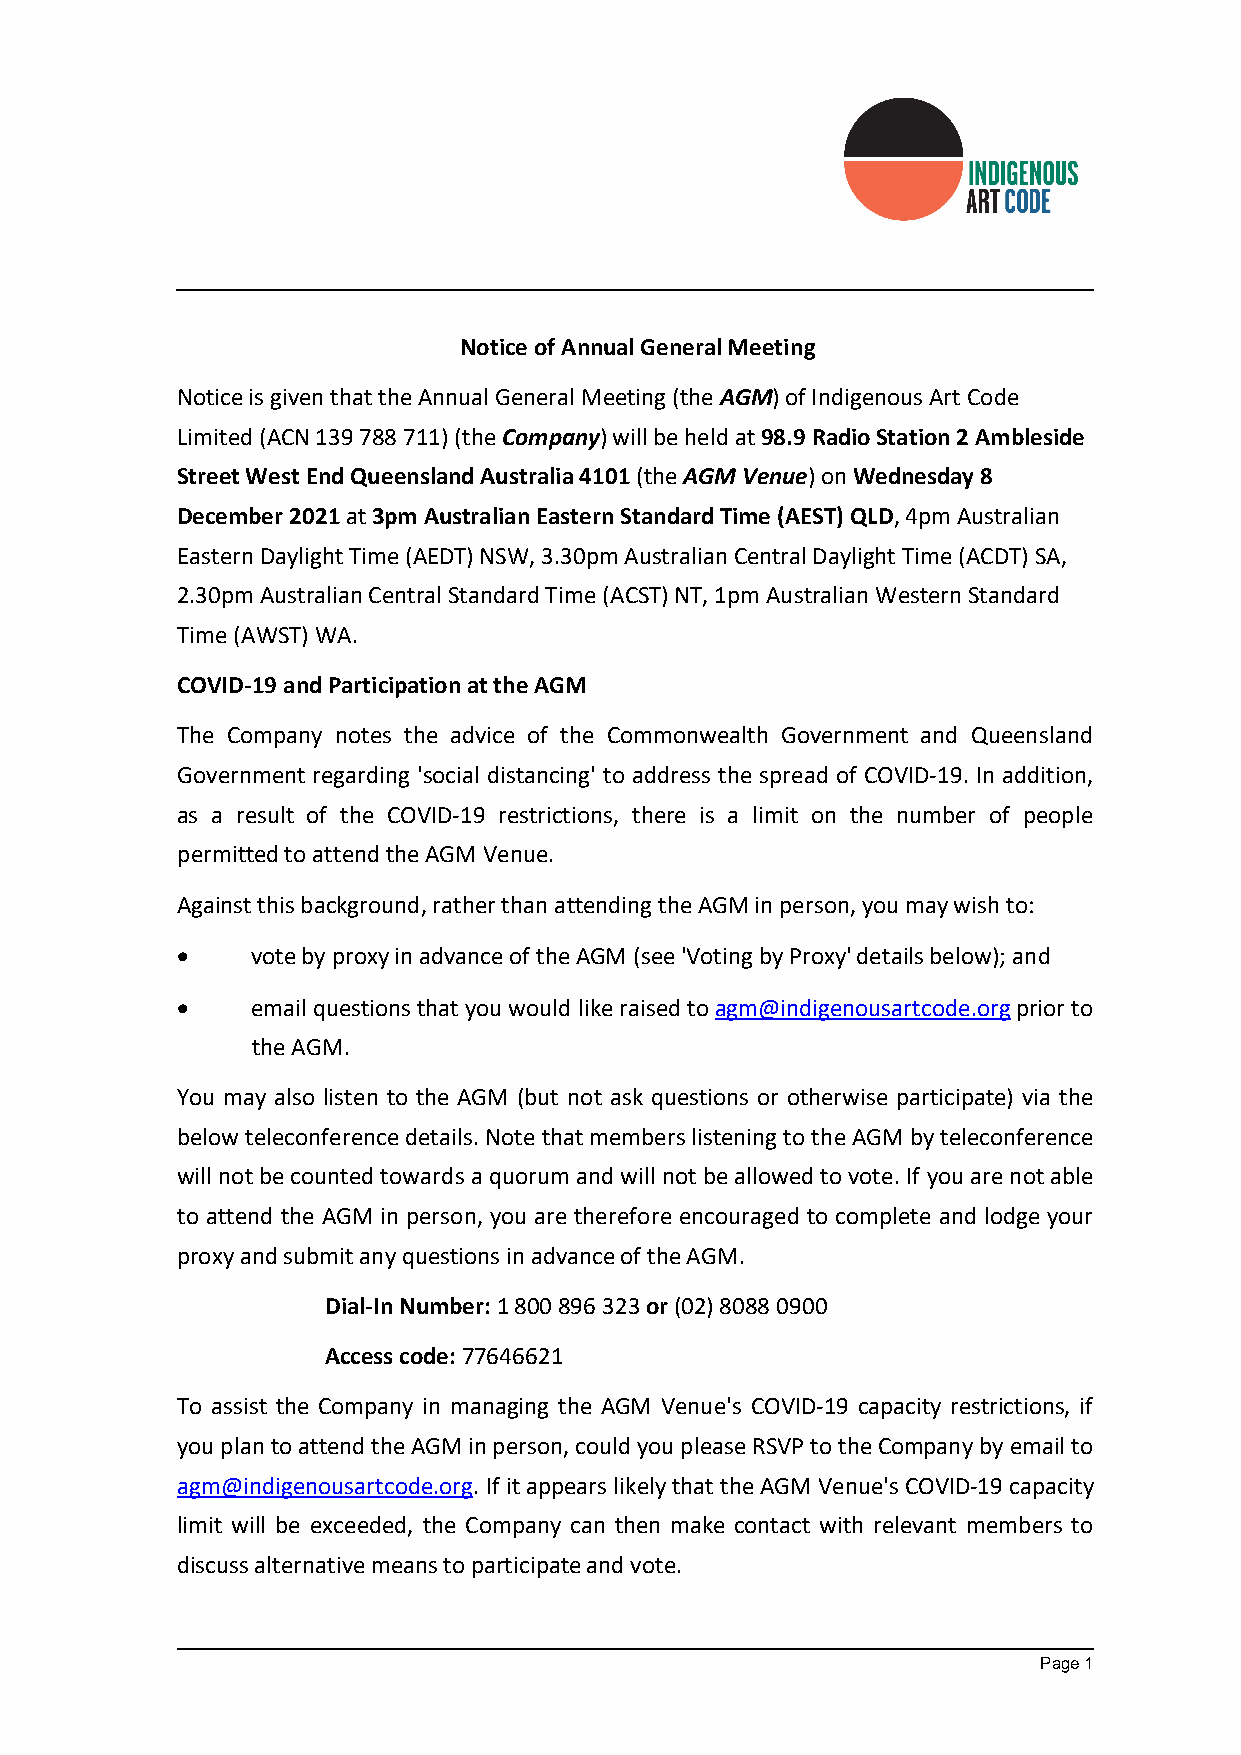
I ndigenous Art Code Limited (the Company)
 Notice of Annual General Meeting
 Notice is given that the Annual General Meeting (the AGM) of Indigenous Art Code
 Limited (ACN 139 788 711) (the Company) will be held at 98.9 Radio Station 2 Ambleside
 Street West End Queensland Australia 4101 (the AGM Venue) on Wednesday 8
 December 2021 at 3pm Australian Eastern Standard Time (AEST) QLD, 4pm Australian
 Eastern Daylight Time (AEDT) NSW, 3.30pm Australian Central Daylight Time (ACDT) SA,
 2.30pm Australian Central Standard Time (ACST) NT, 1pm Australian Western Standard
 Time (AWST) WA.
 COVID-19 and Participation at the AGM
 The Company notes the advice of the Commonwealth Government and Queensland
 Government regarding 'social distancing' to address the spread of COVID-19. In addition,
 as a result of the COVID-19 restrictions, there is a limit on the number of people
 permitted to attend the AGM Venue.
 Against this background, rather than attending the AGM in person, you may wish to:
     vote by proxy in advance of the AGM (see 'Voting by Proxy' details below); and
     email questions that you would like raised to agm@indigenousartcode.org prior to
 the AGM.
 You may also listen to the AGM (but not ask questions or otherwise participate) via the
 below teleconference details. Note that members listening to the AGM by teleconference
 will not be counted towards a quorum and will not be allowed to vote. If you are not able
 to attend the AGM in person, you are therefore encouraged to complete and lodge your
 proxy and submit any questions in advance of the AGM.
 Dial-In Number: 1 800 896 323 or (02) 8088 0900
 Access code: 77646621
 To assist the Company in managing the AGM Venue's COVID-19 capacity restrictions, if
 you plan to attend the AGM in person, could you please RSVP to the Company by email to
 agm@indigenousartcode.org. If it appears likely that the AGM Venue's COVID-19 capacity
 limit will be exceeded, the Company can then make contact with relevant members to
 discuss alternative means to participate and vote.
 Page 1